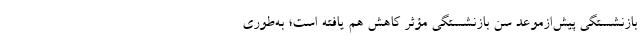
بازنشستگی پیش‌ازموعد سن بازنشستگی مؤثر کاهش هم یافته است؛ به‌طوری